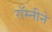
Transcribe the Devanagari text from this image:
रॉम्नीने